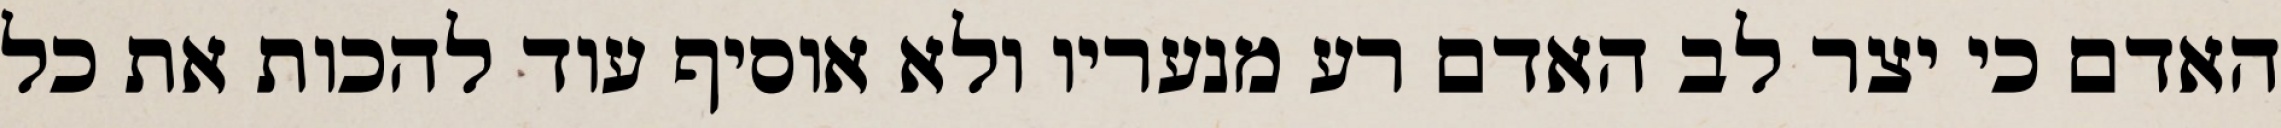
האדם כי יצר לב האדם רע מנעריו ולא אוסיף עוד להכות את כל